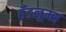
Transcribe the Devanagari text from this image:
हँडलूम्स